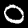
Label: 0